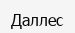
Даллес